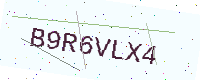
Text: B9R6VLX4